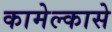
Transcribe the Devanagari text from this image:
कामेल्कासे